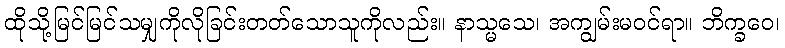
ထိုသို့မြင်မြင်သမျှကိုလိုခြင်းတတ်သောသူကိုလည်း။ နာသ္မသေ၊ အကျွမ်းမဝင်ရာ။ ဘိက္ခဝေ၊